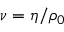
\nu = \eta / \rho _ { 0 }